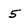
Character: 5